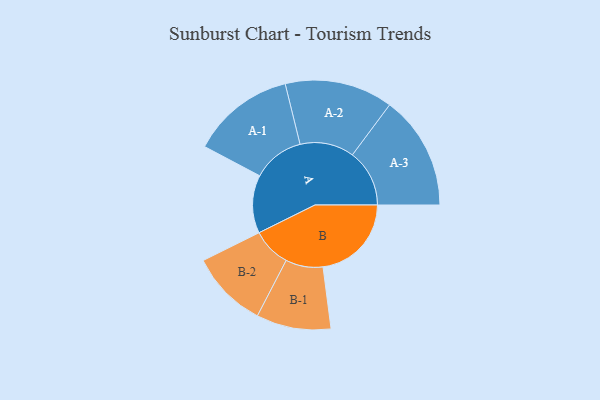
{"axis": {"x": "Segment", "y": "Value"}, "legend": ["", "A", "B"], "data": [{"x": "A", "y": 291, "type": ""}, {"x": "B", "y": 443, "type": ""}, {"x": "A-1", "y": 259, "type": "A"}, {"x": "A-2", "y": 271, "type": "A"}, {"x": "A-3", "y": 286, "type": "A"}, {"x": "B-1", "y": 187, "type": "B"}, {"x": "B-2", "y": 194, "type": "B"}]}